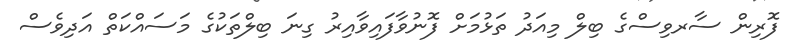
ފޮރިން ސާރވިސްގެ ބިލް މިއަދު ތަޅުމަށް ފޮނުވާފައިވާއިރު ގިނަ ބިލްތަކުގެ މަސައްކަތް އަދިވެސް